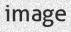
image